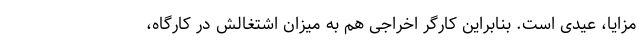
مزایا، عیدی است. بنابراین کارگر اخراجی هم به میزان اشتغالش در کارگاه،